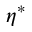
\boldsymbol { \eta ^ { * } }